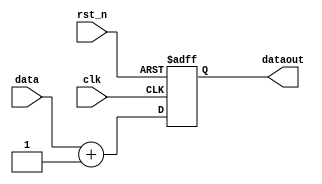
module test#(
    parameter a=16
)(  
    input clk,
    input rst_n,
    input [a-1:0] data,
    output reg [a-1:0] dataout
);

reg [a-1:0]i;
always @(posedge clk,negedge rst_n) begin
    if(!rst_n) begin
        dataout<=0;
    end
    else begin
        for(i=0;i<10;i=i+1) begin
            dataout<=data+1;
        end
    end
end
endmodule